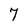
Character: 7